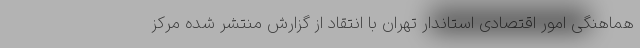
هماهنگی امور اقتصادی استاندار تهران با انتقاد از گزارش منتشر شده مرکز